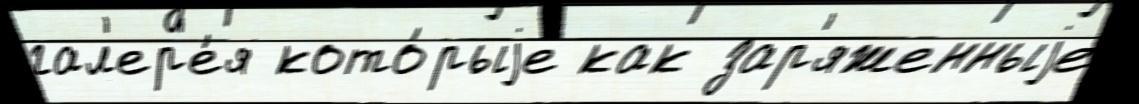
гал'ер'е́я кото́рыjе как зар'яженныjе